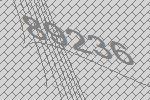
89236